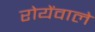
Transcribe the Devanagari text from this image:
रोयेंवाले